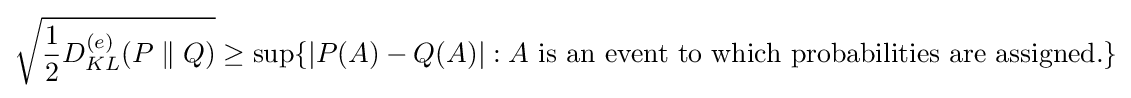
{\sqrt {{\frac {1}{2}}D_{KL}^{(e)}(P\parallel Q)}}\geq \sup\{|P(A)-Q(A)|:A{\text{ is an event to which probabilities are assigned.}}\}